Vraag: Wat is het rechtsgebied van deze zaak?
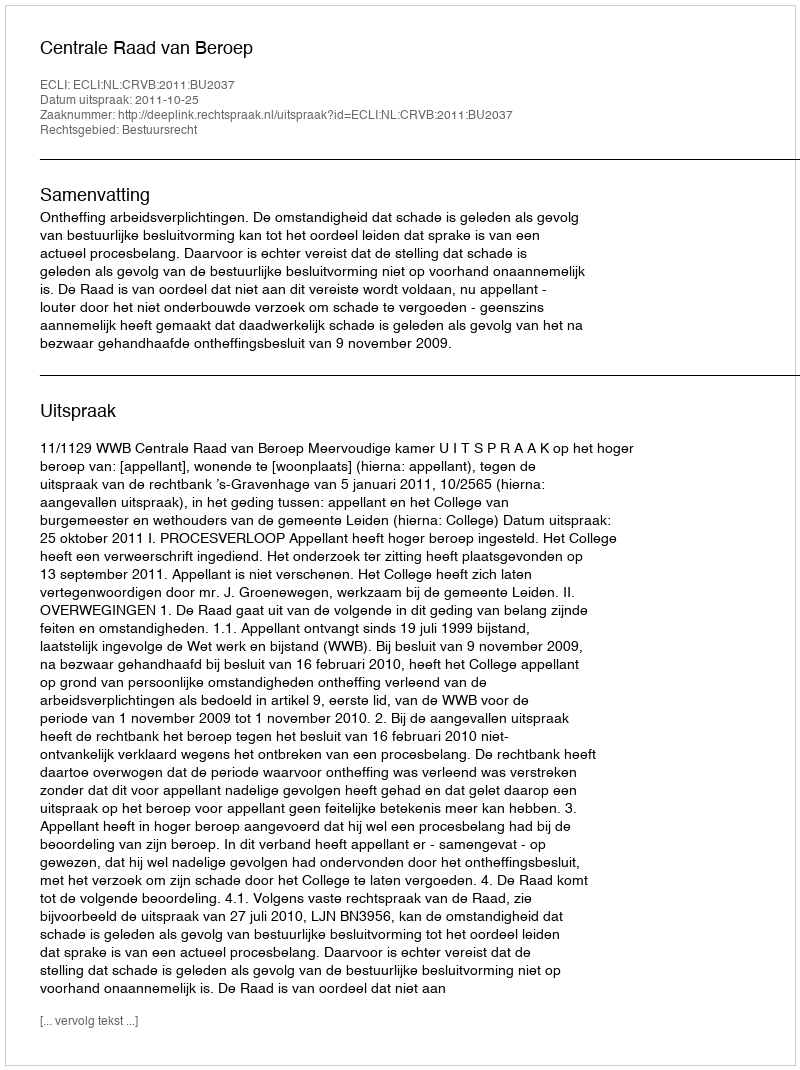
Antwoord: Bestuursrecht